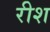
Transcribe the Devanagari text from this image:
रीश